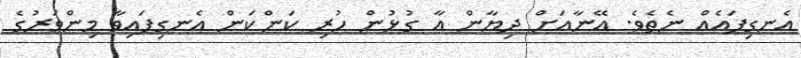
އެނގިފައެއް ނެތެވެ. އޭނާއަށް ދިޔާން އާ ގުޅުން ހުރި ކަންކަން އެނގިފައިވާ މިންވަރުގެ